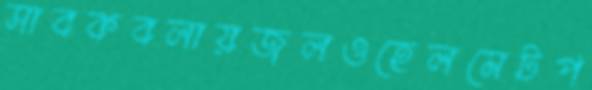
সাবকবলায়জলওহেলমেটপ